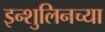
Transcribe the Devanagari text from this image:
इन्शुलिनच्या